Civil Veterinary Dept. Bombay admin report 1893-99 - 1893-1899
Year: 1893
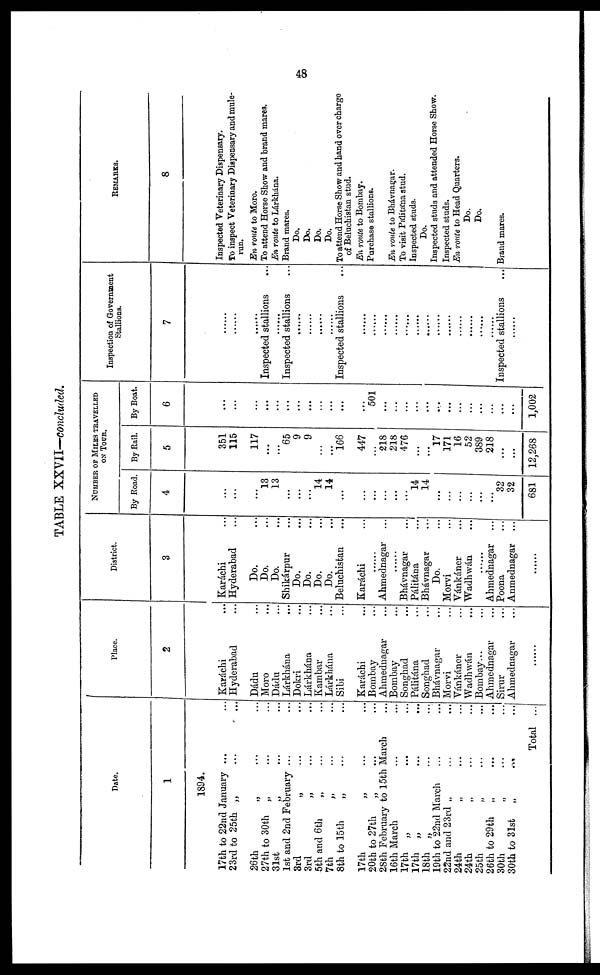
48
TABLE XXVII—concluded.
Date.
1
1894.
17th to 22nd January ... ...
23rd to 25th „ ... ...
26th „ ... ...
27th to 30th „ ... ...
31st „ ... ...
1st and 2nd February ... ... ...
3rd „ ... ...
3rd „ ... ...
5th and 6th
„ ... ...
7th „ ... ...
8th to 15th „ ... ...
17th „ ... ...
20th to 27th
„ ... ...
28th February to 15th March ...
16th March ... ...
17th „ ... ...
17th „ ... ...
18th „ ... ...
19th to 22nd March ... ...
22nd and 23rd „ ... ...
24th „ ... ...
24th
„
...
...
25th „ ... ...
26th to 29th „ ... ...
30th „ ... ...
30th to 31st
„ ... ...
Total ...
Place.
2
Karáchi ...
Hyderabad ...
Dádu ...
Moro ...
Dádu ...
Lárkhána ...
Dokri ...
Lárkhána ...
Kambar ...
Lárkhána ...
Sibi ...
Karáchi
Bombay
Ahmednagar ...
Bombay
Songhad ...
Pálitána ...
Songhad ...
Bhávnagar ...
Morvi ...
Vánkáner ...
Wadhwán ...
Bombay...
Ahmednagar ...
Sirur ...
Ahmednagar ...
......
District.
3
Karáchi ...
Hyderabad ...
Do. ...
Do. ...
Do. ...
Shikárpur ...
Do. ...
Do. ...
Do. ...
Do. ...
Beluchistan ...
Karáchi ...
......
Ahmednagar ...
......
Bhávnagar ...
Pálitána ...
Bhávnagar ...
Do. ...
Morvi ...
Vánkáner ...
Wadhwán ...
......
Ahmednagar ...
Poona ...
Anmednagar ...
......
NUMBER OF MILES TRAVELLED
ON TOUR.
By Road.
4
...
...
...
13
13
...
...
...
14
14
...
...
...
...
...
...
14
14
...
...
...
...
...
...
32
32
681
By Rail.
5
351
115
117
...
...
65
9
9
...
...
166
447
...
218
218
476
...
...
17
171
16
52
389
218
...
...
12,268
By Boat.
6
...
...
...
...
...
...
...
...
...
...
...
...
501
...
...
...
...
...
...
...
...
...
...
...
...
1,002
Inspection of Government
Stallions.
7
......
......
......
Inspected stallions ...
......
Inspected stallions ...
......
......
......
......
Inspected stallions ...
......
......
......
......
......
......
......
......
......
......
......
......
......
Inspected stallions ...
......
REMARKS.
8
Inspected Veterinary Dispensary.
To inspect Veterinary Dispensary and mule-
run.
En route to Moro.
To attend Horse Show and brand mares.
En route to Lárkhána.
Brand mares.
Do.
Do.
Do.
Do.
To attend Horse Show and hand over charge
of Beluchistan stud.
En route to Bombay.
Purchase stallions.
En route to Bhávnagar.
To visit Pálitátna stud.
Inspected studs.
Do.
Inspected studs and attended Horse Show.
Inspected studs.
En route to Head Quarters.
Do.
Do.
Brand mares.